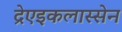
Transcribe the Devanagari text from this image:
द्रेएइकलास्सेन